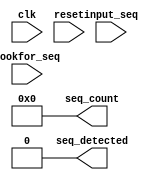
module sequence_detector(input_seq, clk, reset, lookfor_seq, seq_detected, seq_count);
input input_seq, clk, reset;
input [1:0] lookfor_seq;
output reg seq_detected;
output reg [15:0] seq_count;
parameter [2:0] s0=3'b000, s1=3'b001, s2=3'b010, s3=3'b011, s4=3'b100, s5=3'b101;
reg [2:0] current;
always @(lookfor_seq,reset)begin
seq_count=16'h0000; seq_detected=0;
end
always @(negedge clk)begin
if (reset) current = s0;
else
begin
if (lookfor_seq == 2'b00)
begin
case (current)
s0: if (input_seq) current <= s1;else current <= s0;
s1: if (input_seq) current <= s1;else current <= s2;
s2: if (input_seq) current <= s3;else current <= s0;
s3: if (input_seq) current <= s4;else current <= s2;
s4: if (input_seq) current <= s5;else current <= s2;
s5: if (input_seq) current <= s1;else current <= s2;
endcase
end
if(lookfor_seq == 2'b01)
begin
case (current)
s0: if (input_seq) current <= s0;else current <= s1;
s1: if (input_seq) current <= s2;else current <= s1;
s2: if (input_seq) current <= s0;else current <= s3;
s3: if (input_seq) current <= s4;else current <= s1;
s4: if (input_seq) current <= s0;else current <= s5;
s5: if (input_seq) current <= s4;else current <= s1;
endcase
end
if(lookfor_seq == 2'b10)
begin
case (current)
s0: if (input_seq) current <= s1;else current <= s0;
s1: if (input_seq) current <= s1;else current <= s2;
s2: if (input_seq) current <= s3;else current <= s0;
s3: if (input_seq) current <= s1;else current <= s4;
s4: if (input_seq) current <= s5;else current <= s0;
s5: if (input_seq) current <= s1;else current <= s4;
endcase
end
if(lookfor_seq == 2'b11)
begin
case (current)
s0: if (input_seq) current <= s1;else current <= s0;
s1: if (input_seq) current <= s1;else current <= s2;
s2: if (input_seq) current <= s3;else current <= s0;
s3: if (input_seq) current <= s1;else current <= s4;
s4: if (input_seq) current <= s3;else current <= s5;
s5: if (input_seq) current <= s1;else current <= s0;
endcase
end
end
if(current == s5)begin
seq_detected = 1;
seq_count=seq_count+1;
end
else begin
seq_detected=0;
end
end
endmodule